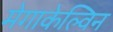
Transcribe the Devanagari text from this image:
मेगाकेल्विन